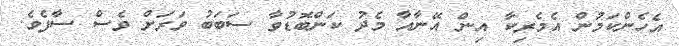
އެހެންކަމުން އެމެރިކާ އިން އޭނާއާ މެދު ކަންބޮޑުވާ ސަބަބު ވަރަށް ވެސް ސާފެވެ.